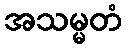
အသမ္မတံ